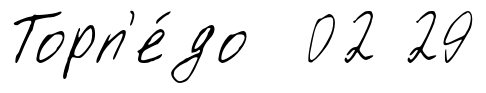
Торп'е́до 02 29